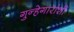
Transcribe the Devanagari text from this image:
गुन्हेगारांशी